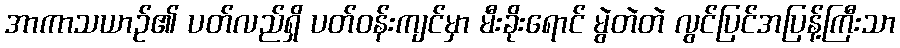
အာကာသယာဉ်၏ ပတ်လည်ရှိ ပတ်ဝန်းကျင်မှာ မီးခိုးရောင် မွဲတဲတဲ လွင်ပြင်အပြန့်ကြီးသာ